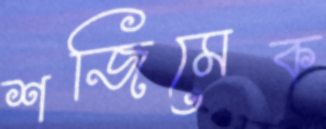
শজিমেক